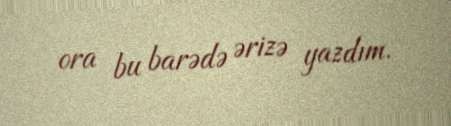
ora bu barədə ərizə yazdım.